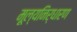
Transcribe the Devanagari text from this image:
मूल्‍यनिर्धारण